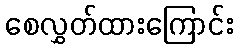
စေလွှတ်ထားကြောင်း